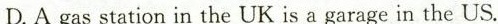
D.A gas station in the UK is a garage in the US.